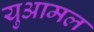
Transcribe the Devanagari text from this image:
युआमल